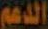
الدعم